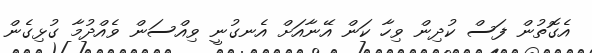
އެގޮތުން ފަސް ކުދިން ވިހާ ކަން އޭނާއަށް އެނގުނީ ވިއްސަން ވެއްދުމާ ގުޅިގެން